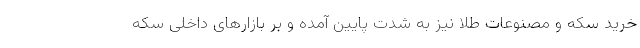
خرید سکه و مصنوعات طلا نیز به شدت پایین آمده و بر بازارهای داخلی سکه